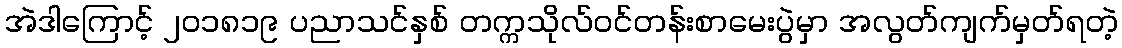
အဲဒါကြောင့် ၂၀၁၈၁၉ ပညာသင်နှစ် တက္ကသိုလ်ဝင်တန်းစာမေးပွဲမှာ အလွတ်ကျက်မှတ်ရတဲ့